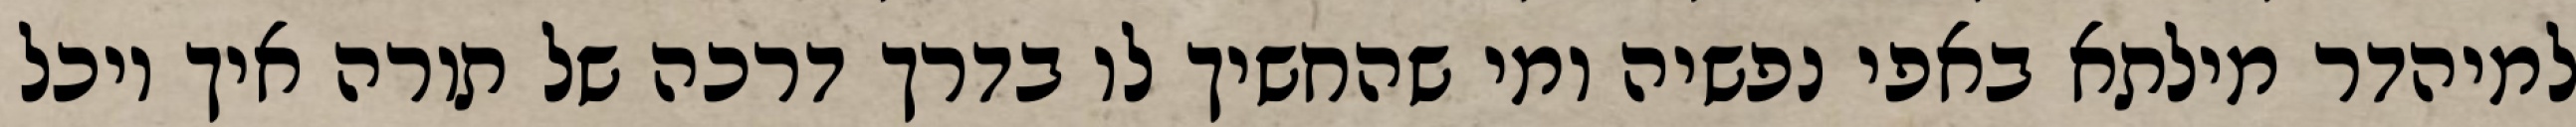
למיהדר מילתא באפי נפשיה ומי שהחשיך לו בדרך דרכה של תורה איך יוכל